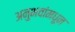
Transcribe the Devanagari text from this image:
अनुभवांमधून